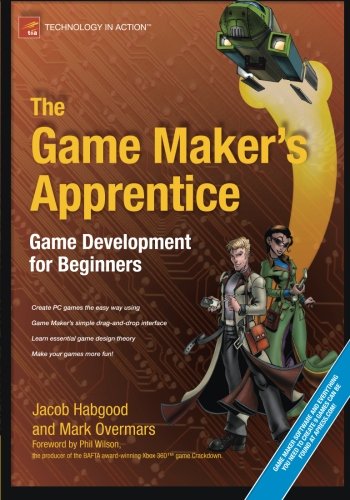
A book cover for The Game Maker's Apprentice: Game Development for Beginners; Jacob Habgood; Computers & Technology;